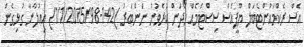
އެސް ރެކްމައުންްޓެބަލް ޔޫޕީއެސް ސިސްޓަމެއް ހޯދަން ކުރެވުނު ނަންބަރު )142-1/1/2015/98) އިޢުލާނާ ގުޅިގެން